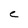
Character: C